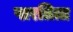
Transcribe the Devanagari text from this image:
पारतिता